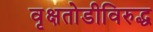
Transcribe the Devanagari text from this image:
वृक्षतोडीविरुद्ध